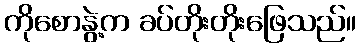
ကိုစောနွဲ့က ခပ်တိုးတိုးဖြေသည်။